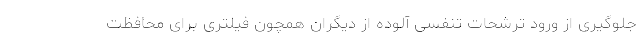
جلوگیری از ورود ترشحات تنفسی آلوده از دیگران همچون فیلتری برای محافظت